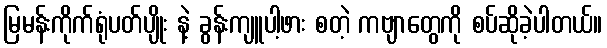
မြမန်းကိုက်ရုံပတ်ပျိုး နဲ့ ခွန်းကျူပါ့ဖား စတဲ့ ကဗျာတွေကို စပ်ဆိုခဲ့ပါတယ်။